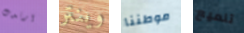
ارتدت وينتر موطننا تلميع